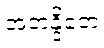
အတန္ဒိတေ